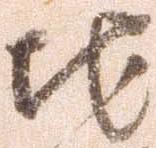
地